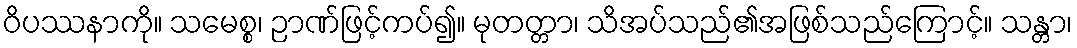
ဝိပဿနာကို။ သမေစ္စ၊ ဉာဏ်ဖြင့်ကပ်၍။ မုတတ္တာ၊ သိအပ်သည်၏အဖြစ်သည်ကြောင့်။ သန္တာ၊